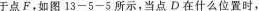
于点F。如图13-5-5所示，当点D在什么位置时，